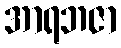
အာရဘဇာ